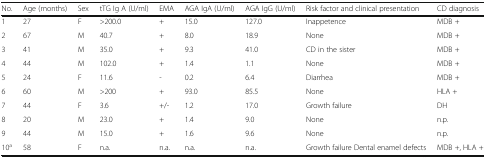
| No. | Age (months) | Sex | tTG Ig A (U/ml) | EMA | AGA IgA (U/ml) | AGA IgG (U/ml) | Risk factor and clinical presentation | CD diagnosis |
 | --- | --- | --- | --- | --- | --- | --- | --- | --- |
 | 1 | 27 | F | >200.0 | + | 15.0 | 127.0 | Inappetence | MDB + |
 | 2 | 67 | M | 40.7 | + | 8.0 | 18.9 | None | MDB + |
 | 3 | 41 | M | 35.0 | + | 9.3 | 41.0 | CD in the sister | MDB + |
 | 4 | 44 | M | 102.0 | + | 1.4 | 1.1 | None | MDB + |
 | 5 | 24 | F | 11.6 | - | 0.2 | 6.4 | Diarrhea | MDB + |
 | 6 | 60 | M | >200 | + | 93.0 | 85.5 | None | HLA + |
 | 7 | 44 | F | 3.6 | +/- | 1.2 | 17.0 | Growth failure | DH |
 | 8 | 20 | M | 23.0 | + | 1.4 | 9.0 | None | n.p. |
 | 9 | 44 | M | 15.0 | + | 1.6 | 9.6 | None | n.p. |
 | 10a | 58 | F | n.a. | n.a. | n.a. | n.a. | Growth failure Dental enamel defects | MDB +, HLA + |